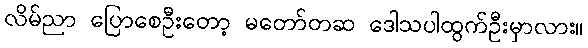
လိမ်ညာ ပြောစေဦးတော့ မတော်တဆ ဒေါသပါထွက်ဦးမှာလား။